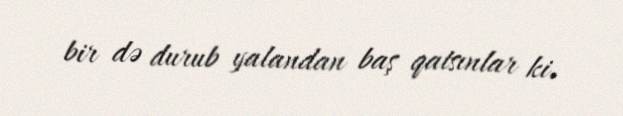
bir də durub yalandan baş qatsınlar ki.